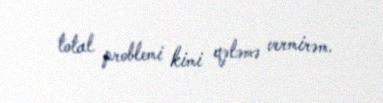
total problemi kimi qələmə vermirəm.